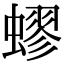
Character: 蟉